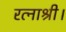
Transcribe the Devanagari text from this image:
रत्नाश्री।